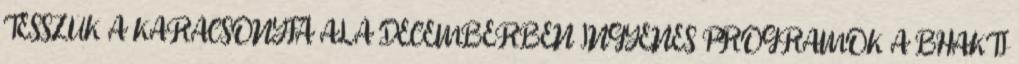
TESSZÜK A KARÁCSONYFA ALÁ DECEMBERBEN INGYENES PROGRAMOK A BHAKTI